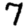
Digit: 7